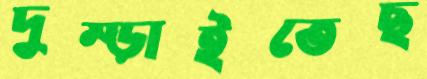
দুম্‌ড়াইতেছ